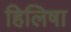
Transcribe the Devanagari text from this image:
हिलिषा